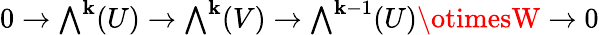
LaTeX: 0\to{\textstyle\bigwedge}^{\mathbf{k}}(U)\to{\textstyle\bigwedge}^{\mathbf{k}}(V)\to{\textstyle\bigwedge}^{\mathbf{k}-1}(U)\otimesW\to0